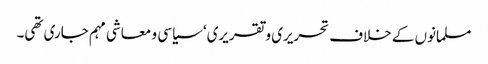
مسلمانوں کے خلاف تحریری و تقریری‘ سیاسی و معاشی مہم جاری تھی۔